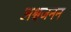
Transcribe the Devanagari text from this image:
अश्वजनन